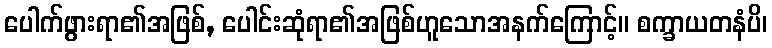
ပေါက်ဖွားရာ၏အဖြစ်, ပေါင်းဆုံရာ၏အဖြစ်ဟူသောအနက်ကြောင့်။ စက္ခာယတနံပိ၊